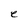
Character: e